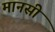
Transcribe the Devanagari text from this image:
मानसीं